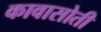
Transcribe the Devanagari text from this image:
कावासोती